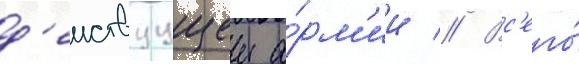
д'еиствуущеи а́рм'ии // Вс'его́